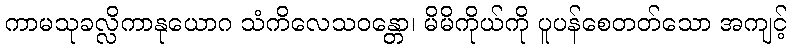
ကာမသုခလ္လိကာနုယောဂ သံကိလေသဝန္တော၊ မိမိကိုယ်ကို ပူပန်စေတတ်သော အကျင့်